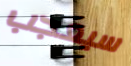
سيعجب